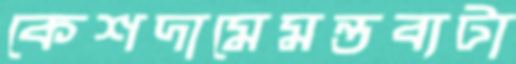
কেশদামেমন্তব্যটা